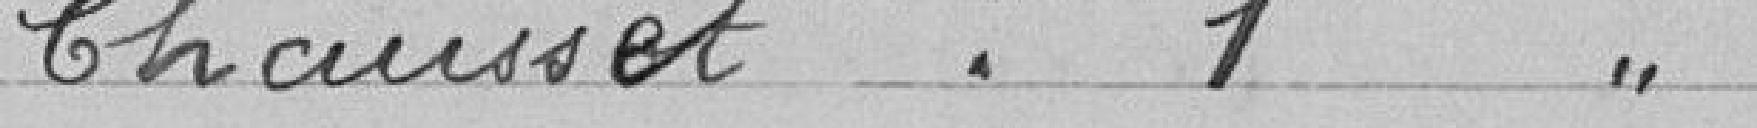
Chausset : 1 voix